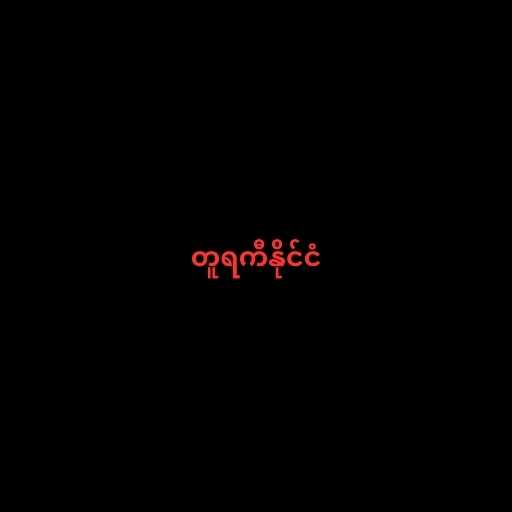
တူရကီနိုင်ငံ